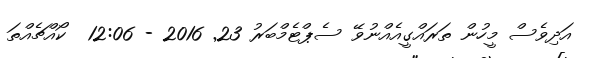
އަދިވެސް މީހުން ތަރައްގީއެއްނުވޭ ސެޕްޓެމްބަރު 23